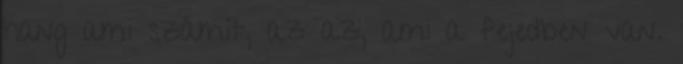
hang ami számít, az az, ami a fejedben van.